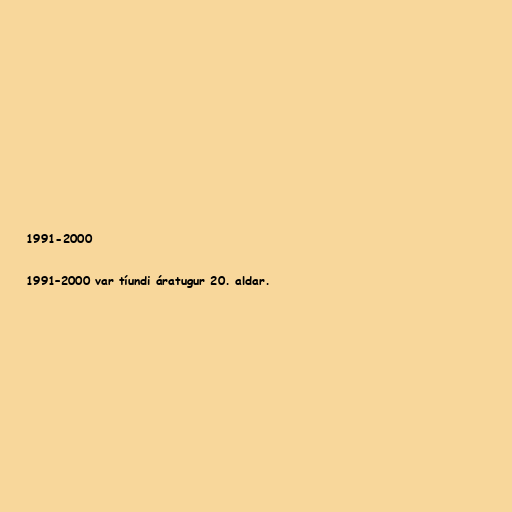
1991-2000

1991–2000 var tíundi áratugur 20. aldar.